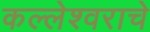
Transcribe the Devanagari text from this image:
कल्लेश्वराचे